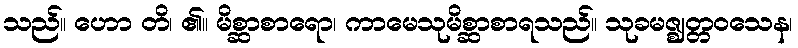
သည်။ ဟော တိ၊ ၏။ မိစ္ဆာစာရော၊ ကာမေသုမိစ္ဆာစာရသည်။ သုခမဇ္ဈတ္တဝသေန၊